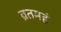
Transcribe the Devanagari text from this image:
व्रतमहं